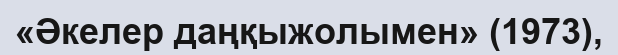
«Әкелер даңқыжолымен» (1973),